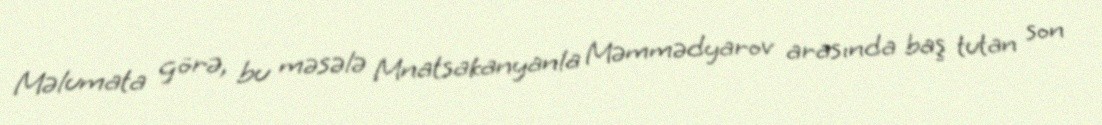
Məlumata görə, bu məsələ Mnatsakanyanla Məmmədyarov arasında baş tutan son